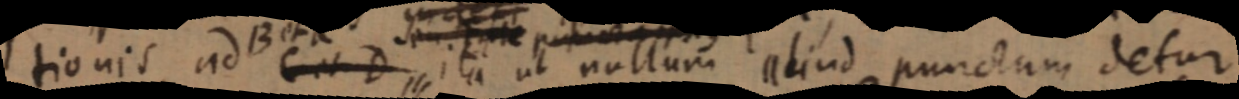
tionis ad B C et D ita ut nullum aliud punctum detur